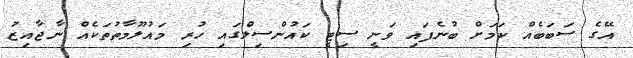
އޭގެ ސަބަބެއް ކަމަށް ބުނެފައި ވަނީ ސިޓީ ކައުންސިލްގައި ހުރި މައުލޫމާތުތަކެއް ނާޖާއިޒު